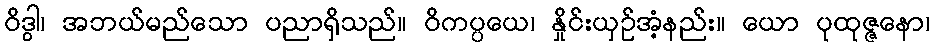
ဝိဒွါ၊ အဘယ်မည်သော ပညာရှိသည်။ ဝိကပ္ပယေ၊ နှိုင်းယှဉ်အံ့နည်း။ ယော ပုထုဇ္ဇနော၊